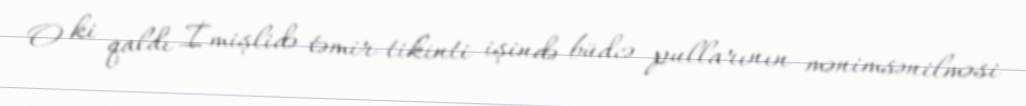
O ki qaldı İmişlidə təmir-tikinti işində büdcə pullarının mənimsənilməsi